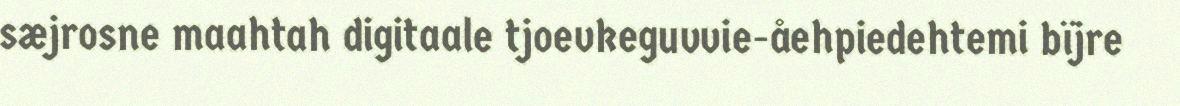
sæjrosne maahtah digitaale tjoevkeguvvie-åehpiedehtemi bïjre